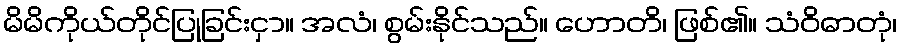
မိမိကိုယ်တိုင်ပြုခြင်းငှာ။ အလံ၊ စွမ်းနိုင်သည်။ ဟောတိ၊ ဖြစ်၏။ သံဝိဓာတုံ၊